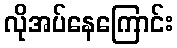
လိုအပ်နေကြောင်း